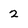
Character: 2